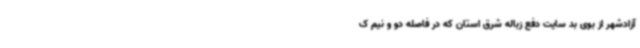
آزادشهر از بوی بد سایت دفع زباله شرق استان که در فاصله دو و نیم ک